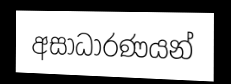
අසාධාරණයන්